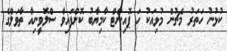
ކުޅުނު ހަތަރު މެޗުން މުޅިއަކު ހަ ޕޮއިންޓް ކާމިޔާބު ކޮށްފައިވާ ސްލޮވީނިއާ ތާވަލްގެ